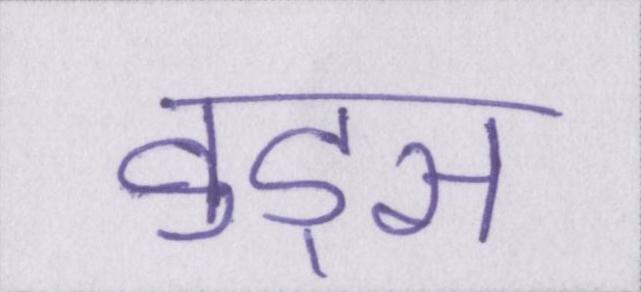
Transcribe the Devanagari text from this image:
वुड्स